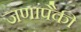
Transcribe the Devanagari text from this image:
जणांपैकी